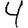
Digit: 4